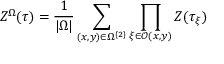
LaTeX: Z ^ { \Omega } ( \tau ) = \frac { 1 } { | \Omega | } \sum _ { ( x , y ) \in \Omega ^ { \left\{ 2 \right\} } } \prod _ { \xi \in \mathcal { O } ( x , y ) } Z ( \tau _ { \xi } )